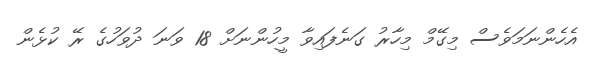
އެހެންނަމަވެސް މިގޭމް މިހާރު ގަނެފައިވާ މީހުންނަށް 18 ވަނަ ދުވަހުގެ ރޭ ކުޅެން